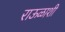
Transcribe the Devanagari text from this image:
राऊळाशी